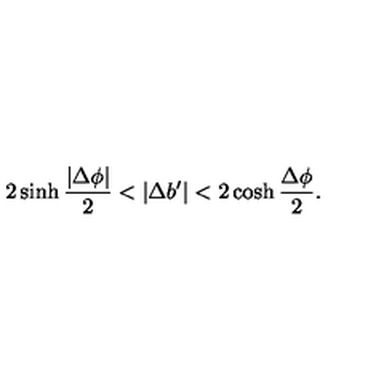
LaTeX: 2 \sinh { \frac { | \Delta \phi | } { 2 } } < | \Delta b ^ { \prime } | < 2 \cosh { \frac { \Delta \phi } { 2 } } .